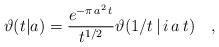
LaTeX: \begin{align*}\vartheta(t|a) = \frac{e^{-\pi\,a^2\,t}}{t^{1/2}}\vartheta(1/t\,|\,i\,a\,t) \quad ,\end{align*}